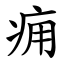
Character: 痈